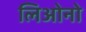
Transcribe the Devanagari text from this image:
लिओनो